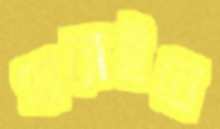
সারাইবে